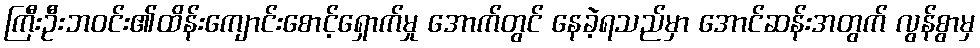
ကြီးဦးဘဝင်း၏ထိန်းကျောင်းစောင့်ရှောက်မှု အောက်တွင် နေခဲ့ရသည်မှာ အောင်ဆန်းအတွက် လွန်စွာမှ